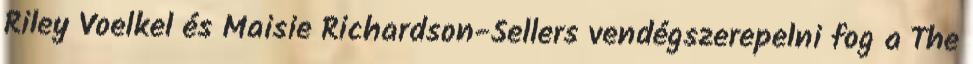
Riley Voelkel és Maisie Richardson-Sellers vendégszerepelni fog a The